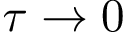
\tau \rightarrow 0